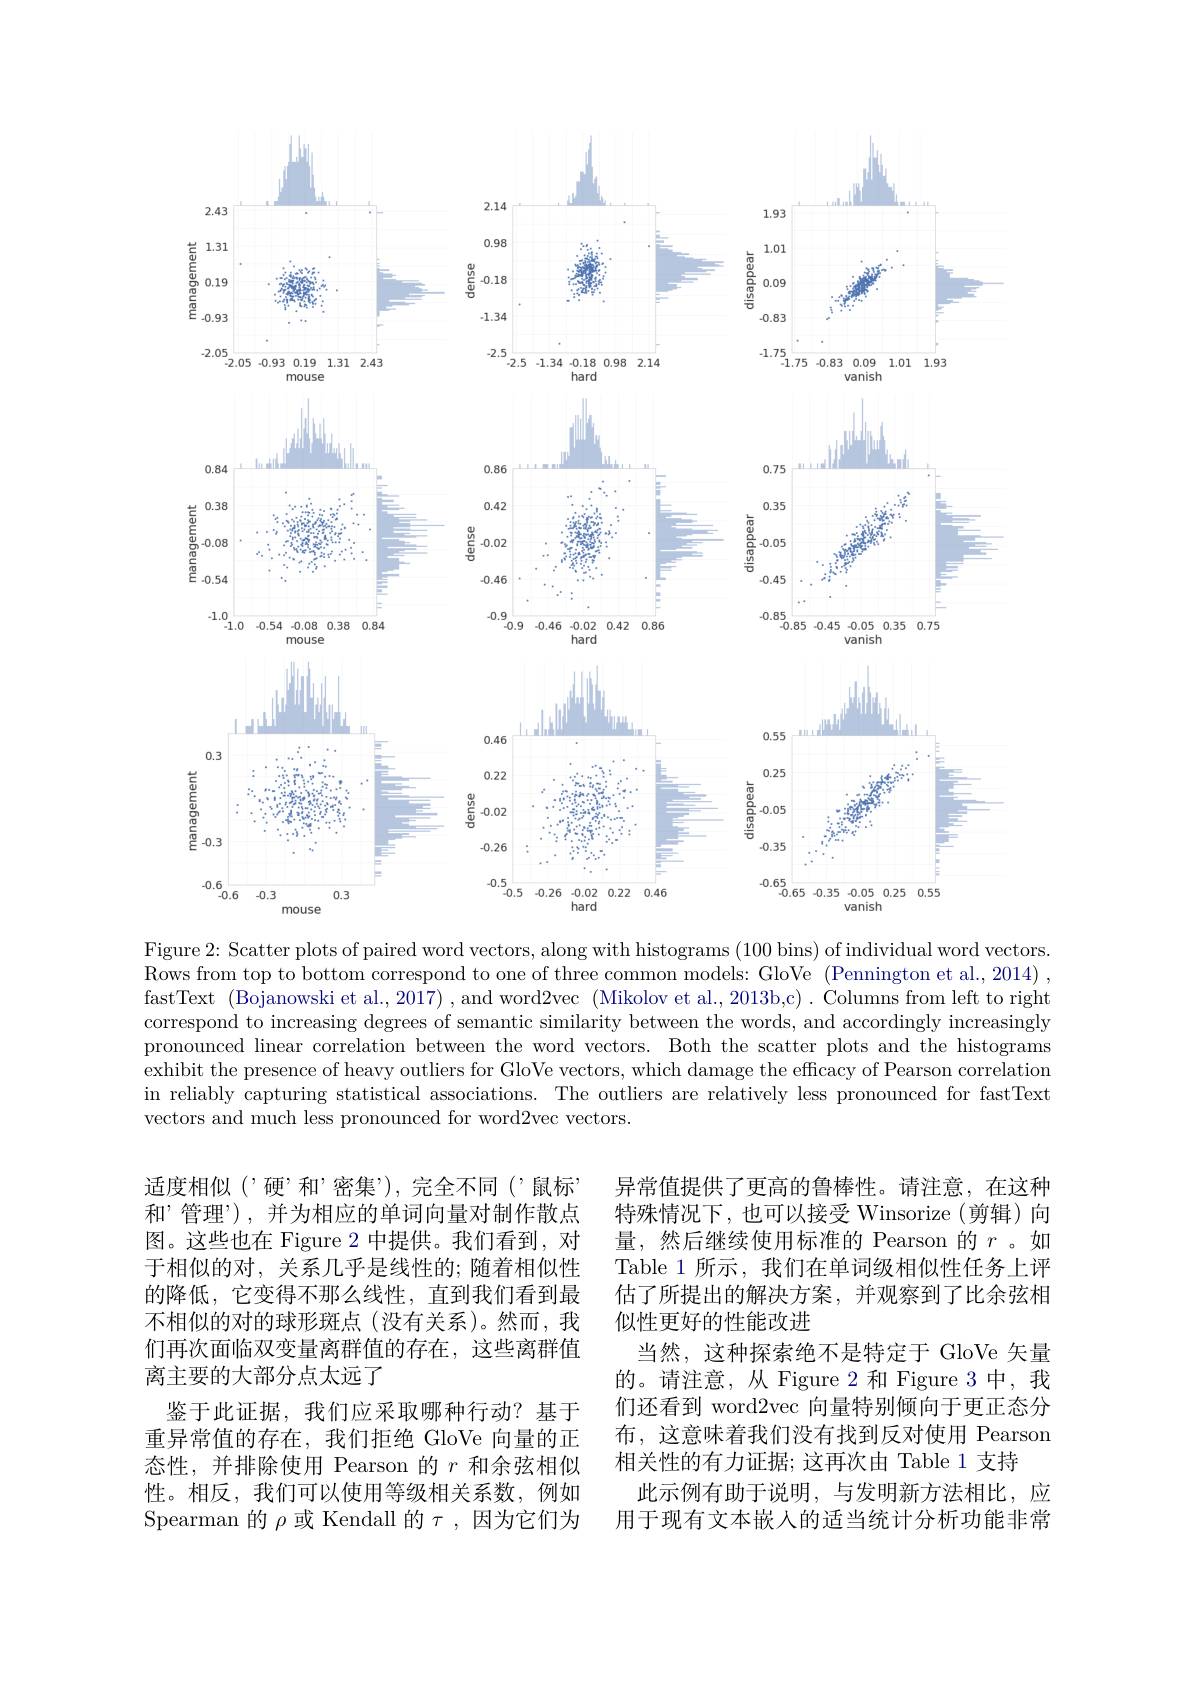
<FigureHere>

Figure 2: Scatter plots of paired word vectors, along with histograms (100 bins) of individual word vectors.

Rows from top to bottom correspond to one of three common models: GloVe (Pennington et al., 2014) , fastText (Bojanowski et al., 2017) , and word2vec (Mikolov et al., 2013b,c) . Columns from left to right correspond to increasing degrees of semantic similarity between the words, and accordingly increasingly pronounced linear correlation between the word vectors. Both the scatter plots and the histograms exhibit the presence of heavy outliers for GloVe vectors, which damage the efficacy of Pearson correlation in reliably capturing statistical associations. The outliers are relatively less pronounced for fastText vectors and much less pronounced for word2vec vectors.

适度相似('硬’和’密集”),完全不同(’鼠标” 和’管理”),并为相应的单词向量对制作散点图。这些也在 Figure 2 中提供。我们看到，对于相似的对，关系几乎是线性的；随着相似性的降低，它变得不那么线性，直到我们看到最不相似的对的球形斑点(没有关系)。然而，我们再次面临双变量离群值的存在，这些离群值离主要的大部分点太远了
鉴于此证据，我们应采取哪种行动？基于重异常值的存在，我们拒绝 GloVe 向量的正态性，并排除使用 Pearson 的$r$和余弦相似性。相反，我们可以使用等级相关系数，例如Spearman 的$\rho$或 Kendall 的$\tau$,因为它们为

异常值提供了更高的鲁棒性。请注意，在这种特殊情况下，也可以接受 Winsorize(剪辑)向量，然后继续使用标准的 Pearson 的$r$。如Table 1 所示，我们在单词级相似性任务上评估了所提出的解决方案，并观察到了比余弦相似性更好的性能改进
当然，这种探索绝不是特定于 GloVe 矢量的。请注意，从 Figure 2 和 Figure 3 中，我们还看到 word2vec 向量特别倾向于更正态分布，这意味着我们没有找到反对使用 Pearson 相关性的有力证据；这再次由 Table 1 支持
此示例有助于说明，与发明新方法相比，应用于现有文本嵌入的适当统计分析功能非常